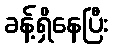
ခန့်ရှိနေပြီး